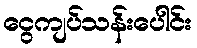
ငွေကျပ်သန်းပေါင်း